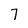
Character: 7